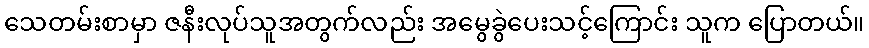
သေတမ်းစာမှာ ဇနီးလုပ်သူအတွက်လည်း အမွေခွဲပေးသင့်ကြောင်း သူက ပြောတယ်။